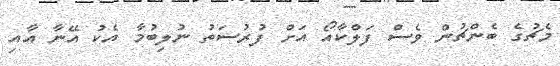
މެޗުގެ ބެންޗުން ވެސް ފަލްކާއޯ އަށް ފުރުސަތު ނުލިބުމާ އެކު އޭނާ އާއި